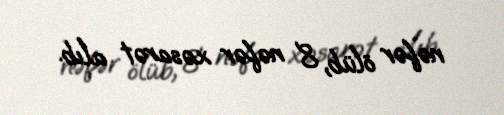
nəfər ölüb, 8 nəfər xəsarət alıb.